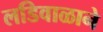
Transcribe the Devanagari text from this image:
लडिवाळाने